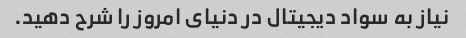
نیاز به سواد دیجیتال در دنیای امروز را شرح دهید.